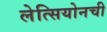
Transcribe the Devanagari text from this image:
लेत्सियोनची